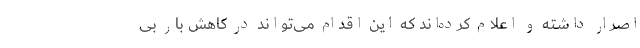
اصرار داشته و اعلام کرده‌اند که این اقدام می‌تواند در کاهش بار بی